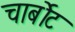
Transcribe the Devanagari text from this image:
चार्बोट